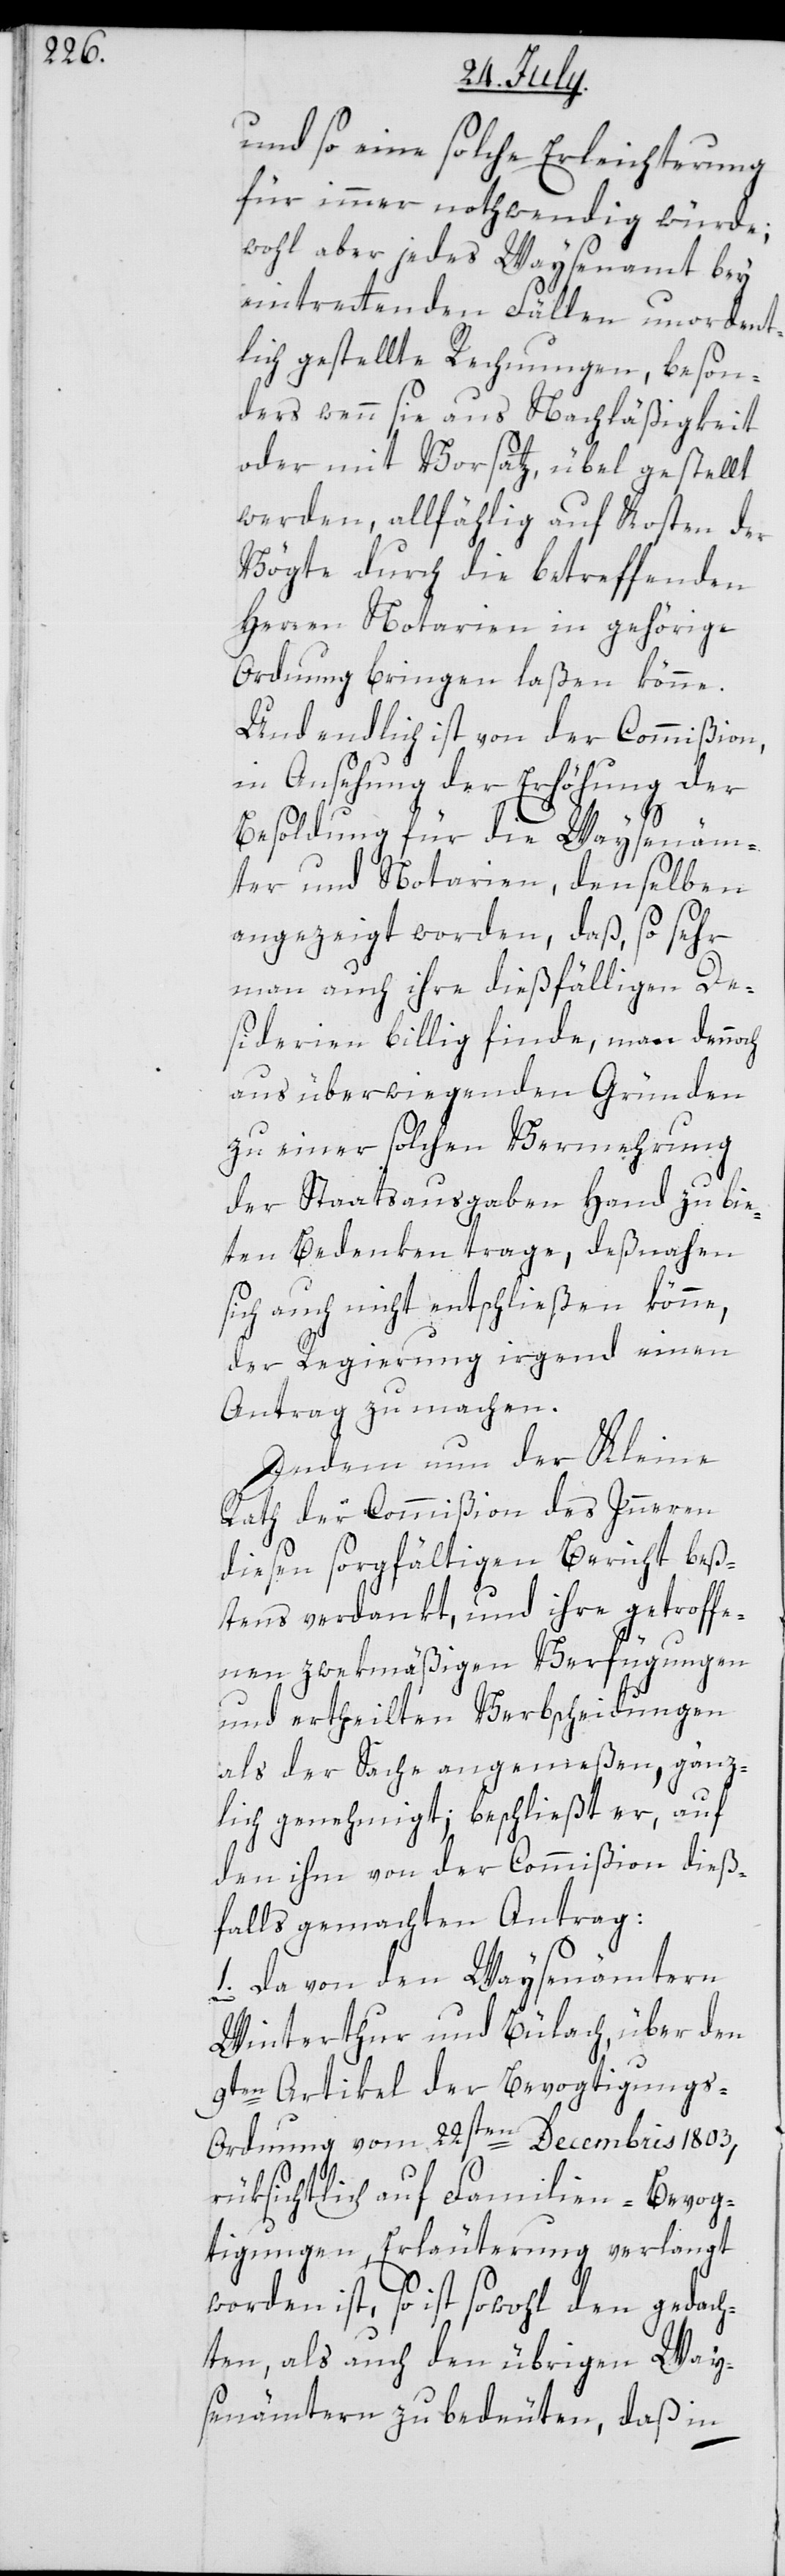
und so eine solche Erleichterung
für immer nothwendig würde;
wohl aber jedes Waysenamt bey
eintrettenden Fällen unordent¬
lich gestellte Rechnungen, beson¬
ders wenn sie aus Nachläßigkeit
oder mit Vorsatz, übel gestellt
werden, allfählig auf Kosten der
Vögte durch die betreffenden
Herren Notarien in gehörige
Ordnung bringen laßen könne.
Und endlich ist von der Commißion,
in Ansehung der Erhöhung der
Besoldung für die Waysenäm¬
ter und Notarien, denselben
angezeigt worden, daß, so sehr
man auch ihre dießfälligen De¬
siderien billig finde, man dennoch
aus überwiegenden Gründen
zu einer solchen Vermehrung
der Staatsausgaben Hand zu bie¬
ten Bedenken trage, deßnahen
sich auch nicht entschließen könne,
der Regierung irgend einen
Antrag zu machen.
Indem nun der Kleine
Rath der Commißion des Innern
diesen sorgfältigen Bericht beß¬
tens verdankt, und ihre getroffe¬
nen zwekmäßigen Verfügungen
und ertheilten Verbscheidungen
als der Sache angemeßen, gänz¬
lich genehmigt; beschließt er, auf
den ihm von der Commißion dieß¬
falls gemachten Antrag:
1. Da von den Waysenämtern
Winterthur und Bülach, über den
9ten Artikel der Bevogtigung¬
s-Ordnung vom 22sten Decembris 1803,
rüksichtlich auf Familien-Bevog¬
tigungen, Erläuterung verlangt
worden ist, so ist sowohl den gedach¬
ten, als auch den übrigen Way¬
senämtern zu bedeuten, daß in